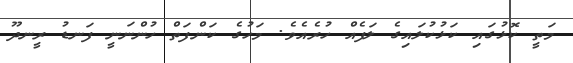
މަތީ ކޮޅުގައި ކަޅުކުލައިގެ ލަފެއް ހުރެއެވެ. މަހުގެ ކަންފަތް ހުންނަނީ ފަނޑު ރީނދޫ